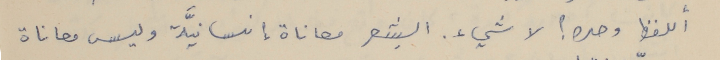
أللفظ وحده؟ لا شيء. الشِعر معاناة إِنسانيَّة وليس معاناة